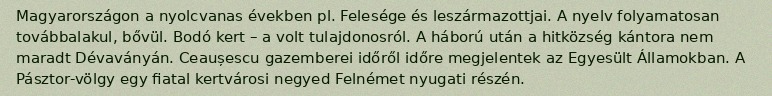
Magyarországon a nyolcvanas években pl. Felesége és leszármazottjai. A nyelv folyamatosan továbbalakul, bővül. Bodó kert – a volt tulajdonosról. A háború után a hitközség kántora nem maradt Dévaványán. Ceaușescu gazemberei időről időre megjelentek az Egyesült Államokban. A Pásztor-völgy egy fiatal kertvárosi negyed Felnémet nyugati részén.